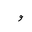
Letter: _waw